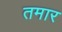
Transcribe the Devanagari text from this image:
तमार